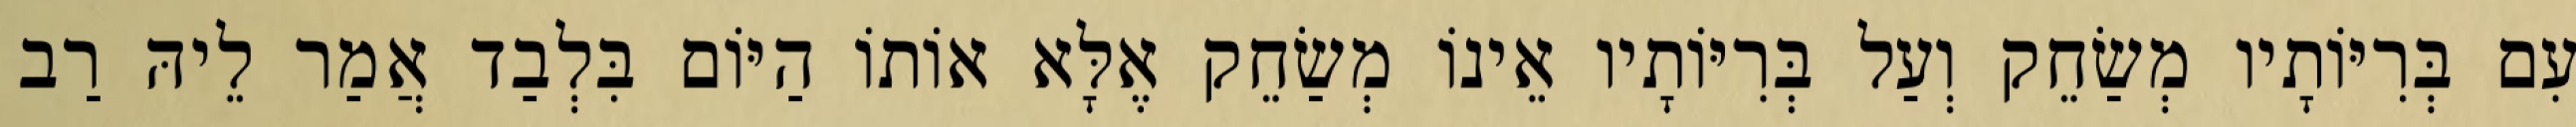
עִם בְּרִיּוֹתָיו מְשַׂחֵק וְעַל בְּרִיּוֹתָיו אֵינוֹ מְשַׂחֵק אֶלָּא אוֹתוֹ הַיּוֹם בִּלְבַד אֲמַר לֵיהּ רַב